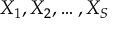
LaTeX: X _ { 1 } , X _ { 2 } , \ldots , X _ { S }